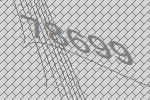
78699